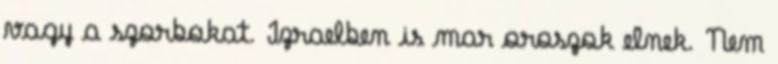
vagy a szorbokat. Izraelben is mar oroszok elnek. Nem